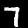
Label: 7